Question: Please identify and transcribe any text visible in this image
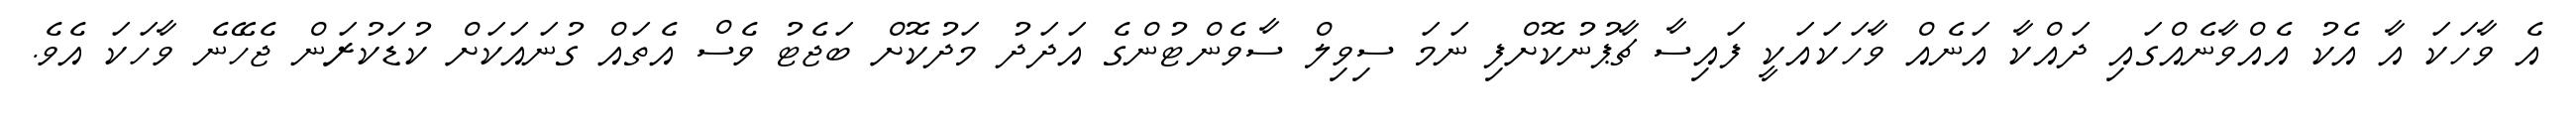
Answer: އެ ވާހަކަ އާ އެކު އެއްވާނެއްގައި ދައްކާ އަނެއް ވާހަކައަކީ ފައިސާ ޗާޕުނުކޮށްފި ނަމަ ސިވިލް ސާވެންޓުންގެ އަދަދު މަދުކޮށް ބަޖެޓު ވެސް އެތައް ގުނައަކަށް ކުޑަކުރަން ޖެހޭނެ ވާހަކަ އެވެ.